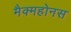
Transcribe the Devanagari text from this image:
मैक्महोनस